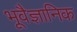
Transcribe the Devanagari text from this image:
भूवैज्ञानिक